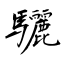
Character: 驪